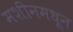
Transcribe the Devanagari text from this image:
मशीनमधून